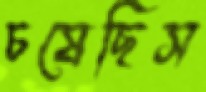
চষেছিস